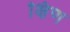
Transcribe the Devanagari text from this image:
क्षिण